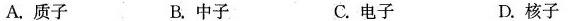
A.质子 B.中子 C.电子 D.核子